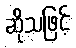
ဆိုသဖြင့်